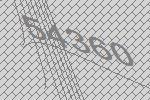
54360